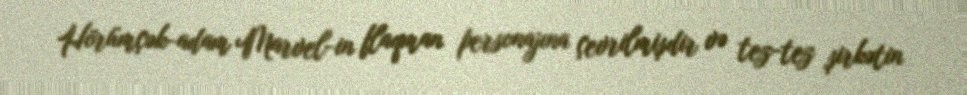
Hörümçək-adam Marvel-in flaqman personajına çevrilmişdir və tez-tez şirkətin